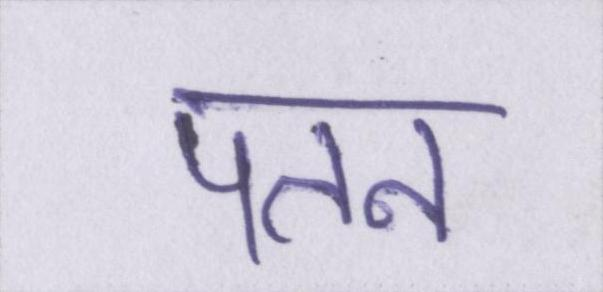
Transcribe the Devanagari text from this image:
पतन